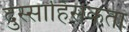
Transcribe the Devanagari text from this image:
दुस्साहिसकता